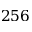
2 5 6